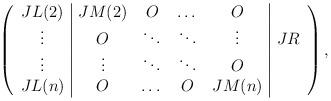
LaTeX: \begin{align*} \begin{pmatrix} \begin{array}{c|cccc|c} JL(2) & JM(2) & O & \dots & O & \\ \vdots & O & \ddots & \ddots & \vdots & JR \\ \vdots & \vdots & \ddots & \ddots & O & \\ JL(n) & O & \dots & O & JM(n) & \\ \end{array} \end{pmatrix}, \end{align*}